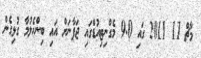
މާޗް 11 2011 ގައި 9.0 މެގްނިޓިއުޑްގައި ޖަޕާނަށް އައި ބިންހެލުމާ ގުޅިގެން